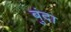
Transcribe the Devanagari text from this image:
बुंदा